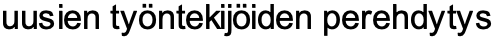
uusien työntekijöiden perehdytys